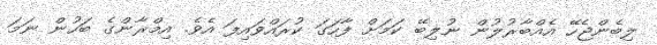
ލިބެންޖެހޭ އެއްބާރުލުން ނުލިބޭ ކަމަށް ފާހަގަ ކުރައްވައިފަ އެވެ. އިމްރާންގެ ބަހުން ނަމަ